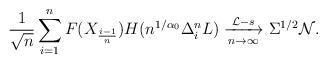
LaTeX: \begin{align*} \frac{1}{\sqrt{n}} \sum_{i=1}^n F(X_{\frac{i-1}{n}}) H(n^{1/ \alpha_0} \Delta_i^n L) \xrightarrow[n \to \infty]{\mathcal{L}-s} \Sigma^{1/2} \mathcal{N}.\end{align*}